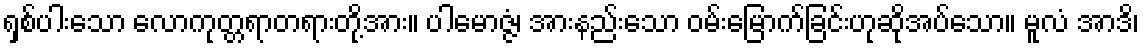
ရှစ်ပါးသော လောကုတ္တရာတရားတို့အား။ ပါမောဇ္ဇံ၊ အားနည်းသော ဝမ်းမြောက်ခြင်းဟုဆိုအပ်သော။ မူလံ အာဒိ၊